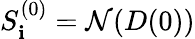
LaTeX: S_{\mathbf{i}}^{(0)}=\mathcal{{N}}(D({{0}}))